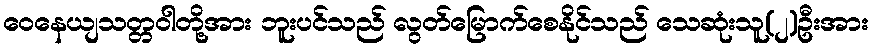
ဝေနေယျသတ္တဝါတို့အား ဘူးပင်သည် လွတ်မြောက်စေနိုင်သည် သေဆုံးသူ(၂)ဦးအား